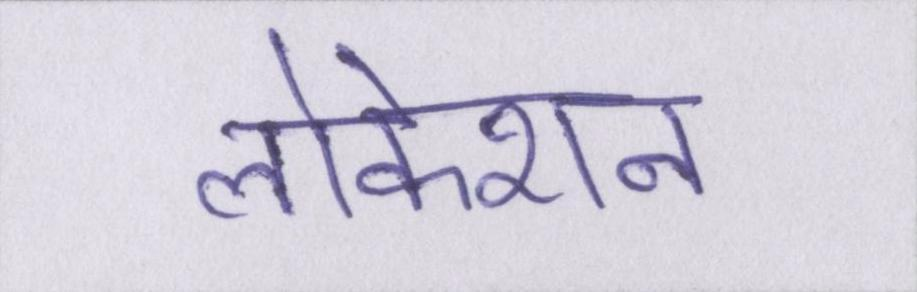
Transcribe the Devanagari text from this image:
लोकेशन